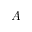
A